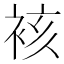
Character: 𮖀